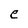
Character: e